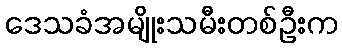
ဒေသခံအမျိုးသမီးတစ်ဦးက